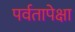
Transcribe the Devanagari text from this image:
पर्वतापेक्षा